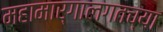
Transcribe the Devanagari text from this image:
महामार्गालगतच्या